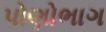
પોણોભાગ